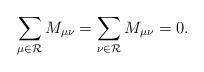
LaTeX: \begin{align*}\sum_{\mu\in{\cal R}}M_{\mu\nu}= \sum_{\nu\in{\cal R}}M_{\mu\nu}=0. \end{align*}